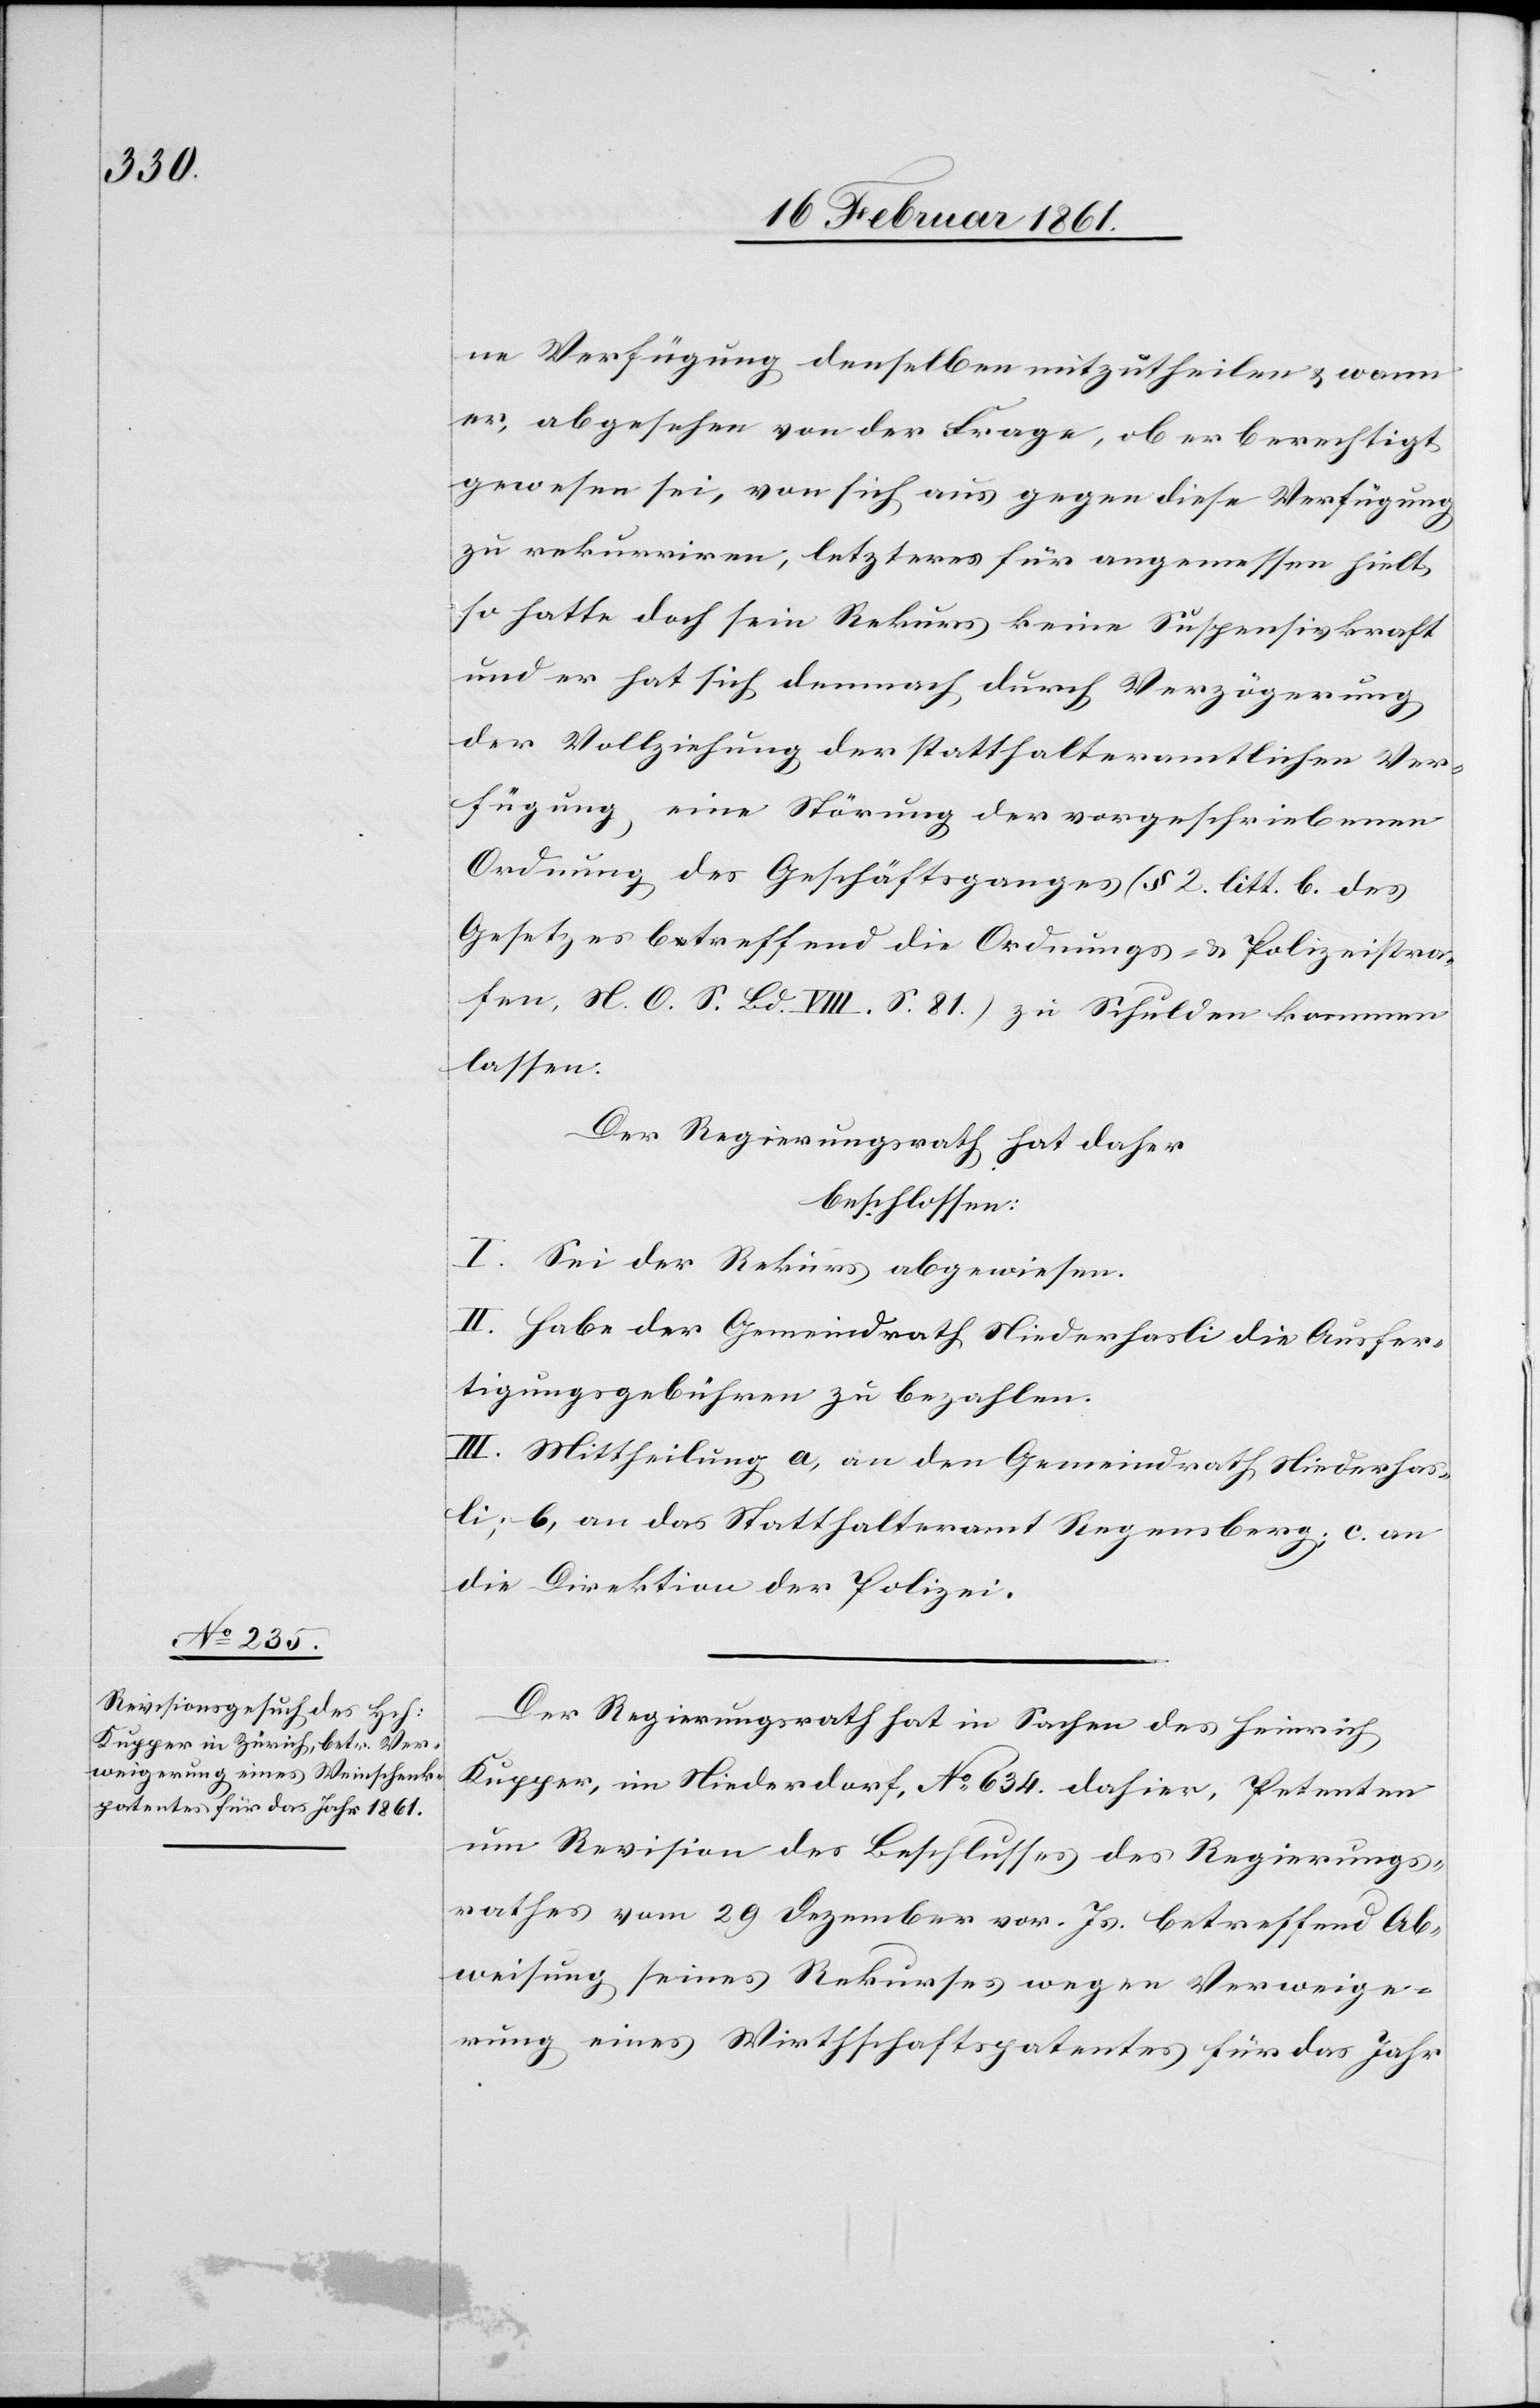
ne Verfügung denselben mitzutheilen u. wann
er, abgesehen von der Frage ob er berechtigt
gewesen sei, von sich aus gegen diese Verfügung
zu rekurriren, letzteres für angemessen hielt,
so hat doch sein Rekurs keine Suspensivkraft
und er hat sich demnach durch Verzögerung
der Vollziehung der statthalteramtlichen Ver¬
fügung, eine Störung der vorgeschriebenen
Ordnung des Geschäftsganges (§ 2 lit. b. des
Gesetzes betreffend die Ordnungs- u. Polizeistra¬
fen, N. O. S. Bd. VIII. S. 81) zu Schulden kommen
lassen.
Der Regierungsrath hat daher
beschlossen:
I. Sei der Rekurs abgewiesen.
II. Habe der Gemeindrath Niederhasli die Ausfer¬
tigungsgebühren zu bezahlen.
III. Mittheilung a. an den Gemeindrath Niederhas¬
li; b. an das Statthalteramt Regensberg; c. an
die Direktion der Polizei.
Der Regierungsrath hat in Sachen des Heinrich
Kupper, im Niederdorf, No 634. dahier, Petenten
um Revision des Beschlusses des Regierungs¬
rathes vom 29. Dezember vor. Js. betreffend Ab¬
weisung seines Rekurses wegen Verweige¬
rung eines Wirthschaftspatentes für das Jahr